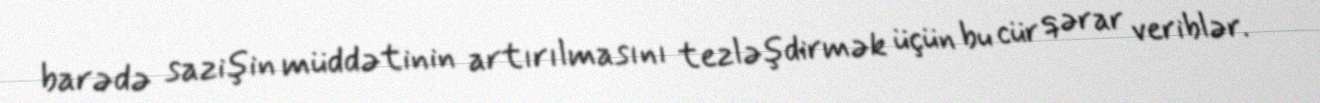
barədə sazişin müddətinin artırılmasını tezləşdirmək üçün bu cür qərar veriblər.